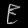
Digit: ၉